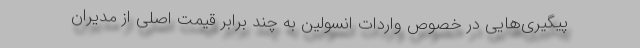
پیگیری‌هایی در خصوص واردات انسولین به چند برابر قیمت اصلی از مدیران